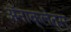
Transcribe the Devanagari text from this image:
अॅनाक्लेतस